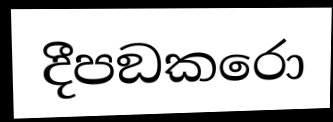
දීපඞකරො